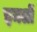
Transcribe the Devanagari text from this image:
इमलों